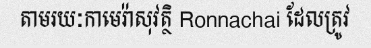
តាមរយៈកាមេរ៉ាសុវត្ថិ Ronnachai ដែលត្រូវ